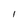
Character: I